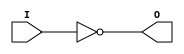

`timescale  1 ps / 1 ps


module INV (O, I);

    output O;

    input  I;

	not N1 (O, I);

endmodule